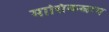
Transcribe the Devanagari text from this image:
मासिकस्राव